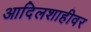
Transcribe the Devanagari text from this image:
आदिलशाहीवर